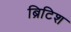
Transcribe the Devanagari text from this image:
ब्रिटिश